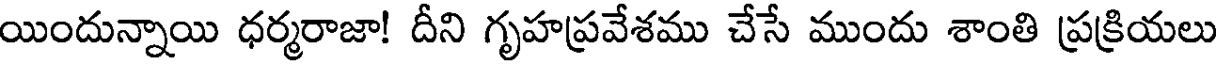
యిందున్నాయి ధర్మరాజా! దీని గృహప్రవేశము చేసే ముందు శాంతి ప్రక్రియలు